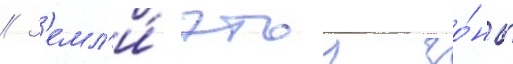
// З'емл'и́ этои зо́ны